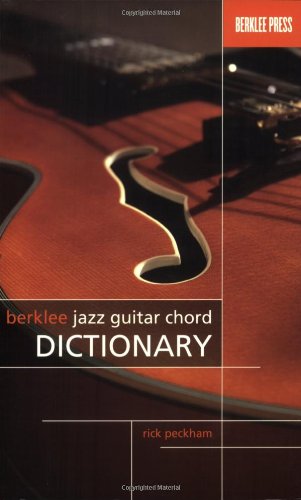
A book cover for BERKLEE JAZZ GUITAR CHORD    DICTIONARY; Rick Peckham; Arts & Photography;